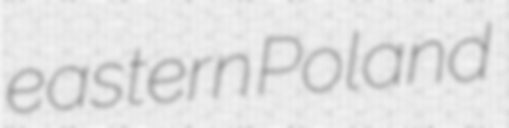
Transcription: eastern Poland